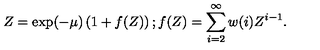
Z = \exp ( - \mu ) \left( 1 + f ( Z ) \right) ; f ( Z ) = \sum _ { i = 2 } ^ { \infty } w ( i ) Z ^ { i - 1 } .